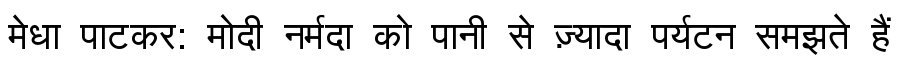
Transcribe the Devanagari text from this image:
मेधा पाटकर: मोदी नर्मदा को पानी से ज़्यादा पर्यटन समझते हैं